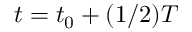
t = t _ { 0 } + ( 1 / 2 ) T